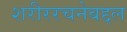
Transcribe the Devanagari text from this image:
शरीररचनेबद्दल